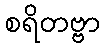
စရိတဗ္ဗာ